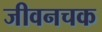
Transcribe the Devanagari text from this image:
जीवनचक